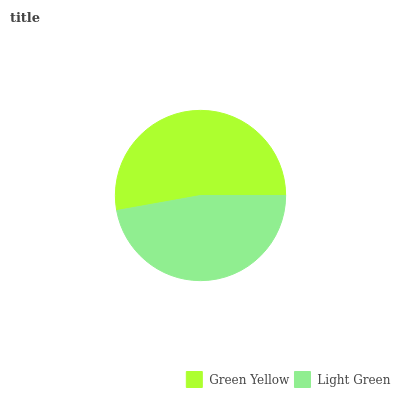
| Green Yellow | Light Green |
 | --- | --- |
 | 52.9% | 47.1% |